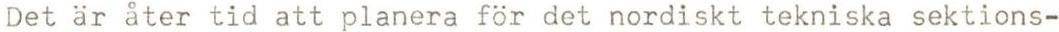
Det är åter tid att planera för det nordiskt tekniska sektions-